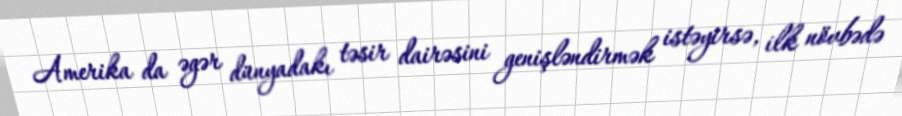
Amerika da əgər dünyadakı təsir dairəsini genişləndirmək istəyirsə, ilk növbədə